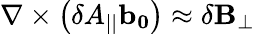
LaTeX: \nabla\times\left(\delta A_{||}\mathbf{b_{0}}\right)\approx\mathbf{\delta B_{\perp}}